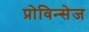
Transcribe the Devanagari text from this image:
प्रोविन्सेज